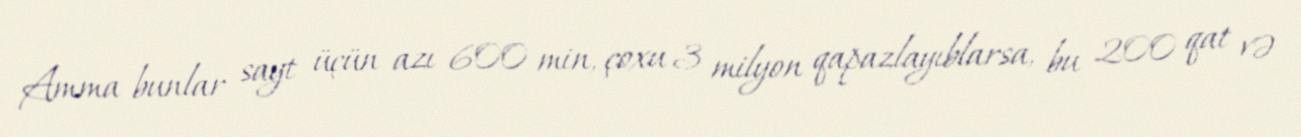
Amma bunlar sayt üçün azı 600 min, çoxu 3 milyon qapazlayıblarsa, bu 200 qat və